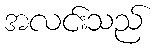
အလင်းသည်